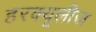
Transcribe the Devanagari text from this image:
हरक्यूलीज